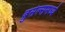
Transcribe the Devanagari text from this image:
ब्रुसेल्समध्ये